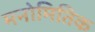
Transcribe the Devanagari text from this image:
मनोमितिक